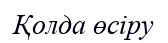
Қолда өсіру